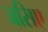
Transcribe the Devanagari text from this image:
जसिए